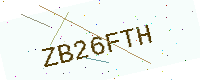
Text: ZB26FTH